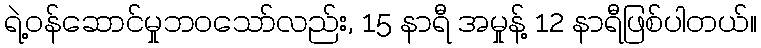
ရဲ့ဝန်ဆောင်မှုဘဝသော်လည်း, 15 နာရီ အမှုန့် 12 နာရီဖြစ်ပါတယ်။